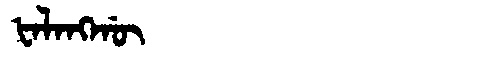
Manchu: ᡶᠠᠯᠠᠩᡤᡡ
Romanization: FALANGGŪ